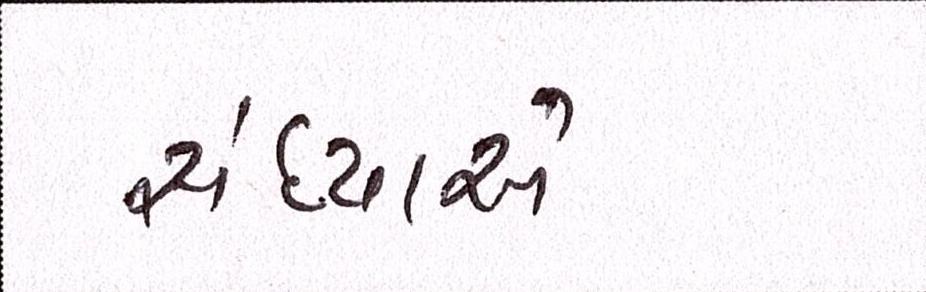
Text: સંધ્યાએ